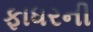
ફાધરની